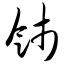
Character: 饯